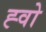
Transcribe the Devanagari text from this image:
ह्वो